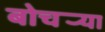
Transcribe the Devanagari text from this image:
बोचर्‍या